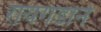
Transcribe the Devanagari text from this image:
रायगडाने